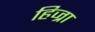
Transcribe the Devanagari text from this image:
हिज्रा